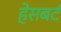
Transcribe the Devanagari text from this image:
हेसबर्ट